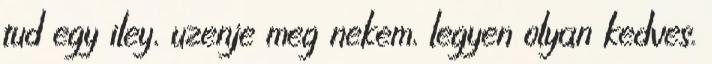
tud egy iley, uzenje meg nekem, legyen olyan kedves.